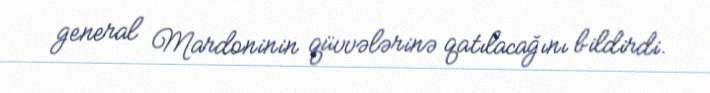
general Mardoninin qüvvələrinə qatılacağını bildirdi.